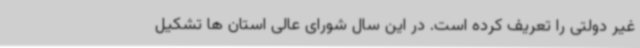
غیر دولتی را تعریف کرده است. در این سال شورای عالی استان ها تشکیل